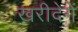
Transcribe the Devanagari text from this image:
खरीदेगें